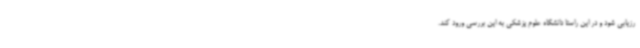
رزیابی شود و در این راستا دانشگاه علوم پزشکی به این بررسی ورود کند.